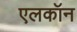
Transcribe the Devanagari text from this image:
एलकॉन